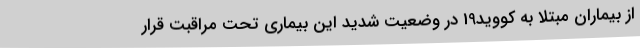
از بیماران مبتلا به کووید19 در وضعیت شدید این بیماری تحت مراقبت قرار